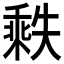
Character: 𬼒